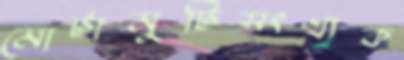
মোটামুটিসংখ্যক